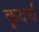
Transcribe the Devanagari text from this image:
कृदर्थ